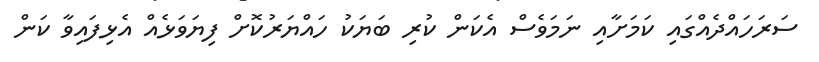
ސަރަހައްދެއްގައި ކަމަށާއި ނަމަވެސް އެކަން ކުރި ބަޔަކު ހައްޔަރުކޮށް ފިޔަވަޅެއް އެޅިފައިވާ ކަން